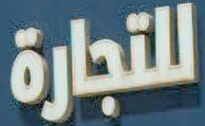
للتجارة